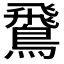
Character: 𫛊